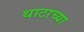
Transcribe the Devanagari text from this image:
थाटाच्या